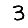
Digit: 3